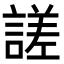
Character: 𧪘